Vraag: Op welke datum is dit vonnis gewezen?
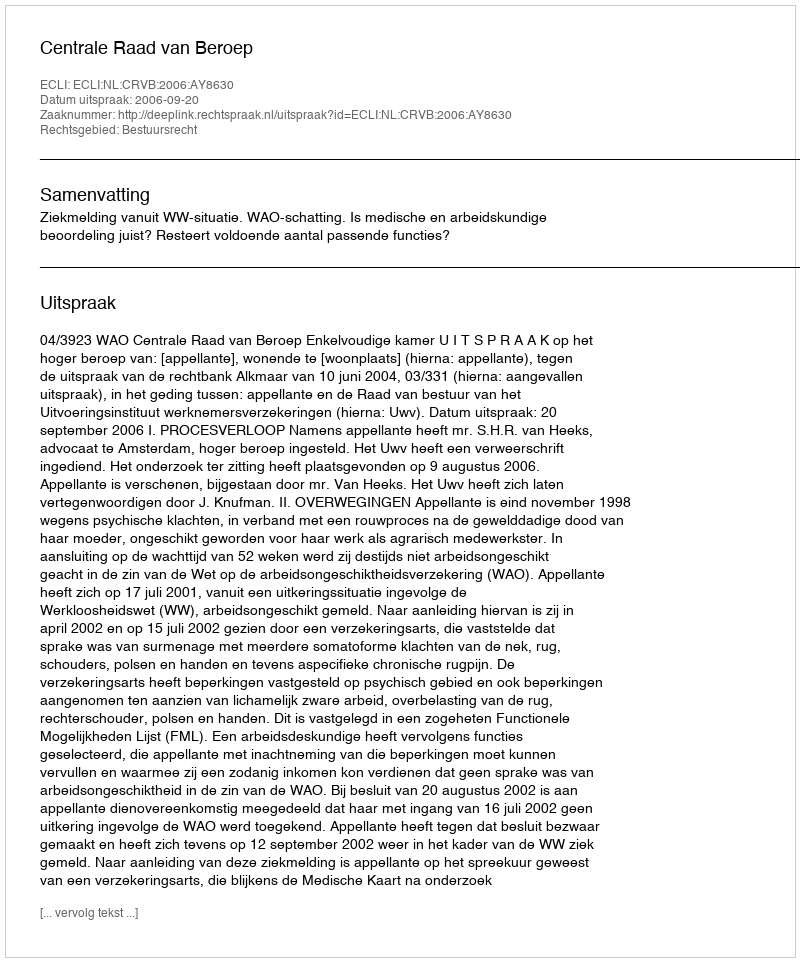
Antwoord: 2006-09-20